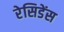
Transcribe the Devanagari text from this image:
रेसिडेंस